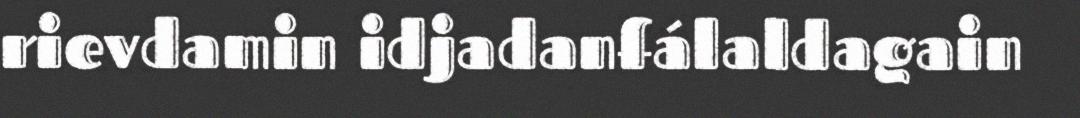
rievdamin idjadanfálaldagain